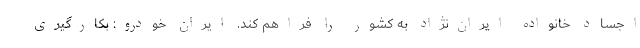
اجساد خانواده ایران‌نژاد به کشور را فراهم کند. ایران خودرو: بکارگیری